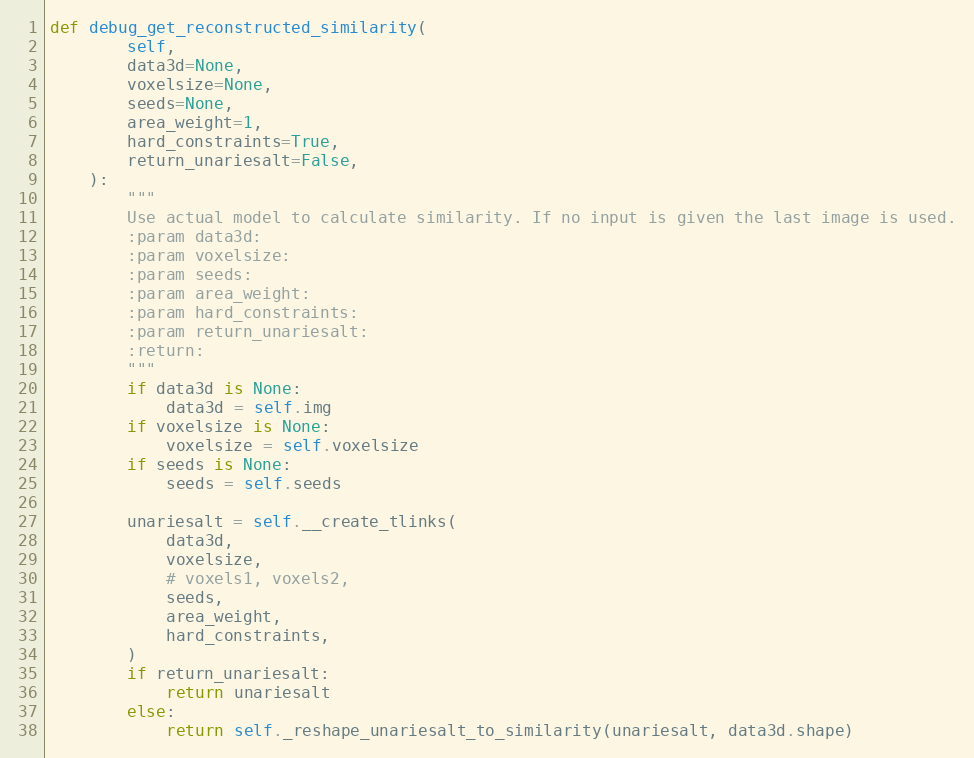
Language: Python
def debug_get_reconstructed_similarity(
        self,
        data3d=None,
        voxelsize=None,
        seeds=None,
        area_weight=1,
        hard_constraints=True,
        return_unariesalt=False,
    ):
        """
        Use actual model to calculate similarity. If no input is given the last image is used.
        :param data3d:
        :param voxelsize:
        :param seeds:
        :param area_weight:
        :param hard_constraints:
        :param return_unariesalt:
        :return:
        """
        if data3d is None:
            data3d = self.img
        if voxelsize is None:
            voxelsize = self.voxelsize
        if seeds is None:
            seeds = self.seeds

        unariesalt = self.__create_tlinks(
            data3d,
            voxelsize,
            # voxels1, voxels2,
            seeds,
            area_weight,
            hard_constraints,
        )
        if return_unariesalt:
            return unariesalt
        else:
            return self._reshape_unariesalt_to_similarity(unariesalt, data3d.shape)